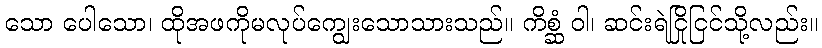
သော ပေါသော၊ ထိုအဖကိုမလုပ်ကျွေးသောသားသည်။ ကိစ္ဆံ ဝါ၊ ဆင်းရဲငြိုငြင်သို့လည်း။